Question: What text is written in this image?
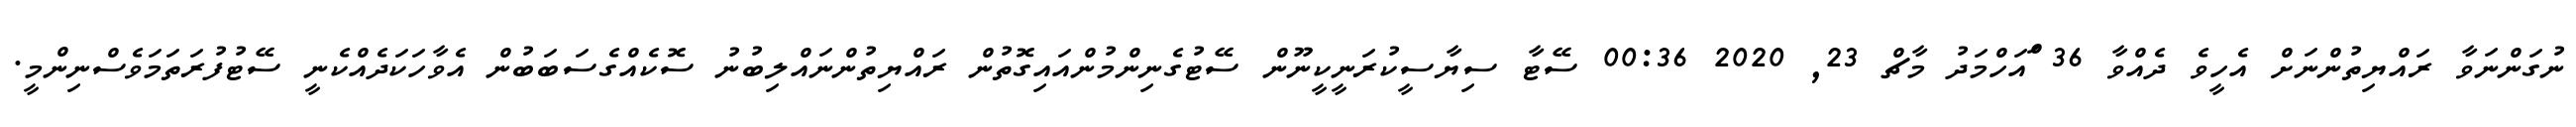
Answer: ނުގަންނަވާ ރައްޔިތުންނަށް އެހީވެ ދެއްވާ 36 ްައަހްމަދު މާޗް 23, 2020 00:36 ސޭޓާ ސިޔާސީކުރަނީކީނޫން ސޭޓުގެނިންމުންއައިގޮތުން ރައްޔިތުންނައްލިބުނު ސޮކެއްގެސަބަބުން އެވާހަކަދެއްކެނީ ސޭޓުފުރަތަމަވެސްނިންމީ.